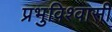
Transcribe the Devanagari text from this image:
प्रभुविश्वासी